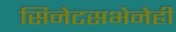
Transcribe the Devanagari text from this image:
सिनेटसभेनेही